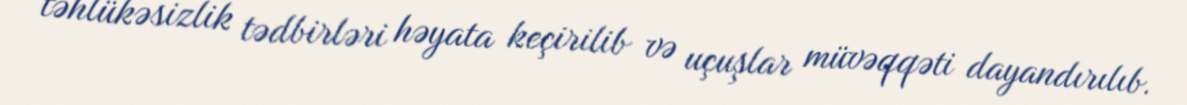
təhlükəsizlik tədbirləri həyata keçirilib və uçuşlar müvəqqəti dayandırılıb.